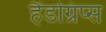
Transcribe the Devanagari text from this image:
हैंडग्रिप्स